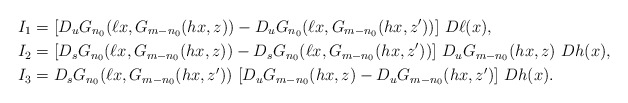
\begin{align*}I_1 & = [D_uG_{n_0}(\ell x, G_{m-n_0}(hx,z))-D_uG_{n_0}(\ell x, G_{m-n_0}(hx,z'))] \ D\ell(x), \\I_2 & = [D_sG_{n_0}(\ell x, G_{m-n_0}(hx,z))-D_sG_{n_0}(\ell x, G_{m-n_0}(hx,z'))]\ D_uG_{m-n_0}(hx,z) \ Dh(x), \\I_3 & = D_sG_{n_0}(\ell x, G_{m-n_0}(hx,z')) \ [D_uG_{m-n_0}(hx,z)-D_uG_{m-n_0}(hx,z')] \ Dh(x) .\end{align*}